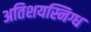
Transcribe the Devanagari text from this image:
अतिशयस्निग्ध